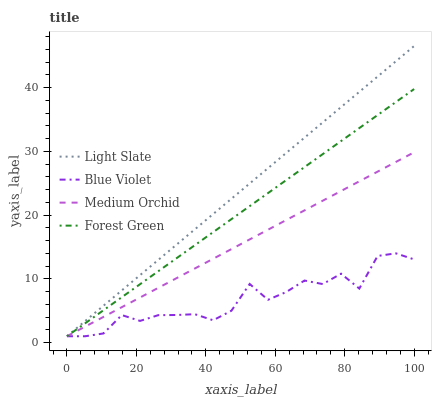
| xaxis_label | Light Slate | Blue Violet | Medium Orchid | Forest Green |
 | --- | --- | --- | --- | --- |
 | 0 | 1 | 1 | 1 | 1 |
 | 5.26 | 3.4 | 1 | 2.52 | 3.04 |
 | 10.5 | 5.79 | 1.44 | 4.04 | 5.08 |
 | 15.8 | 8.19 | 4.33 | 5.56 | 7.12 |
 | 21.1 | 10.6 | 3.41 | 7.08 | 9.17 |
 | 26.3 | 13 | 4.31 | 8.6 | 11.2 |
 | 31.6 | 15.4 | 4.33 | 10.1 | 13.2 |
 | 36.8 | 17.8 | 4.46 | 11.6 | 15.3 |
 | 42.1 | 20.2 | 3.51 | 13.2 | 17.3 |
 | 47.4 | 22.6 | 5 | 14.7 | 19.4 |
 | 52.6 | 25 | 9.2 | 16.2 | 21.4 |
 | 57.9 | 27.4 | 6.72 | 17.7 | 23.5 |
 | 63.2 | 29.8 | 7.94 | 19.2 | 25.5 |
 | 68.4 | 32.2 | 9.74 | 20.7 | 27.5 |
 | 73.7 | 34.6 | 9.19 | 22.3 | 29.6 |
 | 78.9 | 36.9 | 10.8 | 23.8 | 31.6 |
 | 84.2 | 39.3 | 8.48 | 25.3 | 33.7 |
 | 89.5 | 41.7 | 13.6 | 26.8 | 35.7 |
 | 94.7 | 44.1 | 14 | 28.3 | 37.7 |
 | 100 | 46.5 | 13.1 | 29.9 | 39.8 |